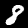
Digit: 8